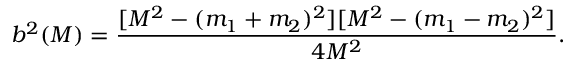
{ b ^ { 2 } ( M ) } = \frac { [ M ^ { 2 } - ( m _ { 1 } + m _ { 2 } ) ^ { 2 } ] [ M ^ { 2 } - ( m _ { 1 } - m _ { 2 } ) ^ { 2 } ] } { 4 M ^ { 2 } } .